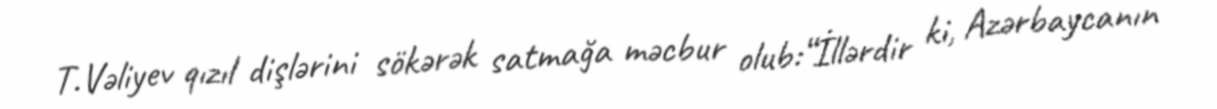
T.Vəliyev qızıl dişlərini sökərək satmağa məcbur olub:“İllərdir ki, Azərbaycanın